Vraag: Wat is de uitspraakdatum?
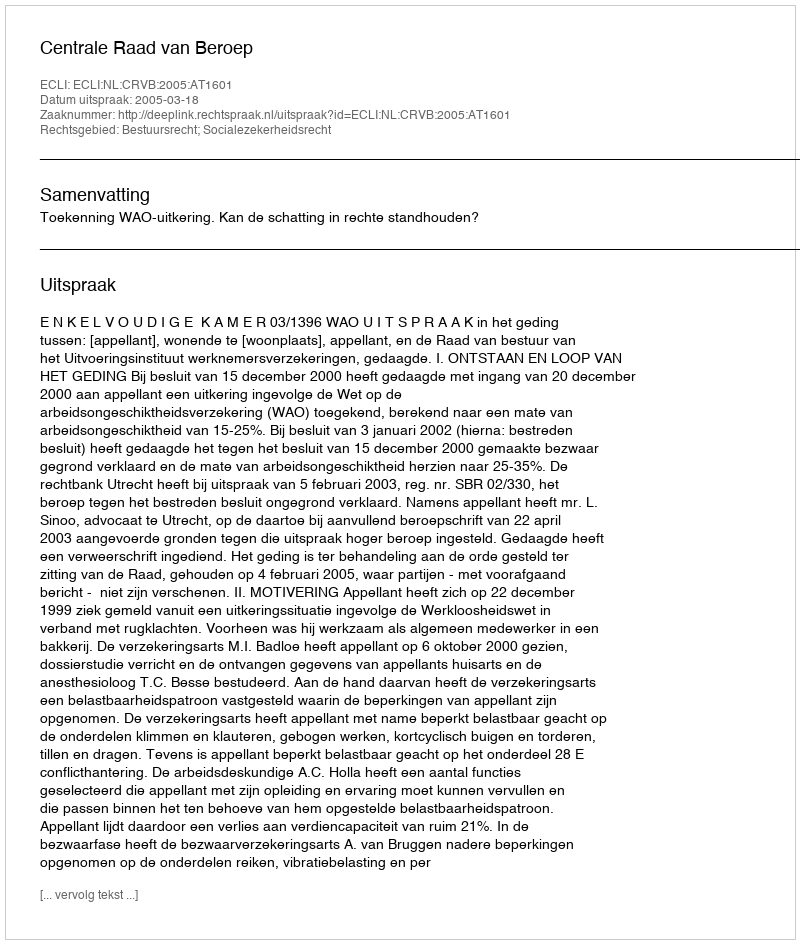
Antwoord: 2005-03-18